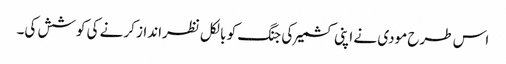
اس طرح مودی نے اپنی کشمیر کی جنگ کو بالکل نظرانداز کرنے کی کوشش کی۔